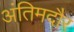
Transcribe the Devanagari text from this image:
अंतिमदौर